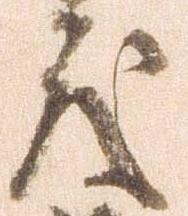
度